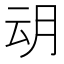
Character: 𭨨